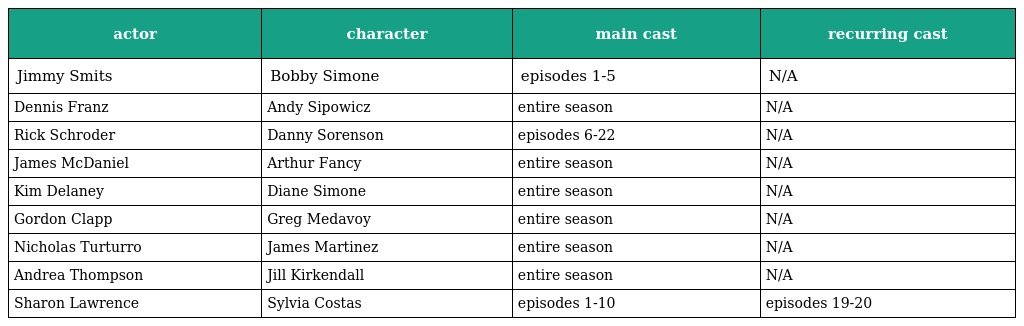
| actor | character | main cast | recurring cast |
 | --- | --- | --- | --- |
 | Jimmy Smits | Bobby Simone | episodes 1-5 | N/A |
 | Dennis Franz | Andy Sipowicz | entire season | N/A |
 | Rick Schroder | Danny Sorenson | episodes 6-22 | N/A |
 | James McDaniel | Arthur Fancy | entire season | N/A |
 | Kim Delaney | Diane Simone | entire season | N/A |
 | Gordon Clapp | Greg Medavoy | entire season | N/A |
 | Nicholas Turturro | James Martinez | entire season | N/A |
 | Andrea Thompson | Jill Kirkendall | entire season | N/A |
 | Sharon Lawrence | Sylvia Costas | episodes 1-10 | episodes 19-20 |